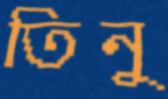
তিনু